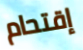
إقتحام